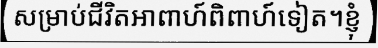
សម្រាប់ជីវិតអាពាហ៍ពិពាហ៍ទៀត។ខ្ញុំ